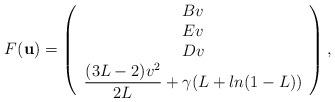
LaTeX: \begin{align*}F(\textbf{u}) = \left(\begin{array}{c}Bv \\Ev \\ Dv \\ \dfrac{(3L-2)v^{2}}{2L} + \gamma (L + ln(1-L))\end{array}\right),\end{align*}